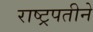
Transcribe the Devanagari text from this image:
राष्ट्रपतीने